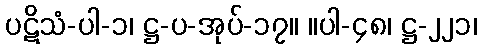
ပဋိသံ-ပါ-၁၊ ဋ္ဌ-ပ-အုပ်-၁၇။ ။ပါ-၄၈၊ ဋ္ဌ-၂၂၁၊